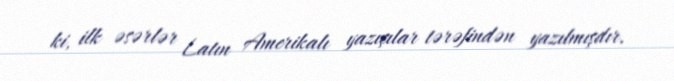
ki, ilk əsərlər Latın Amerikalı yazıçılar tərəfindən yazılmışdır.